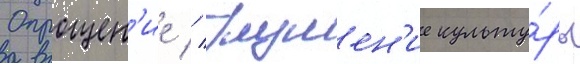
Опрощен'ие // Глушен'ие культу́ры